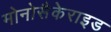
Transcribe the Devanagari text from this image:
मोनोसैकेराइड